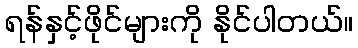
ရန်နှင့်ဖိုင်များကို နိုင်ပါတယ်။